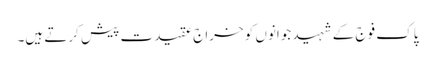
پاک فوج کے شہید جوانوں کو خراج عقیدت پیش کرتے ہیں۔